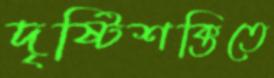
দৃষ্টিশক্তিতে